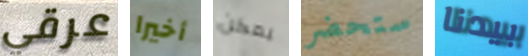
عرقي أخيرا يمكن ستحضر بيدنا